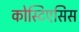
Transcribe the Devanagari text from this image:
कोस्टिएसिस